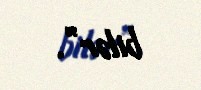
bilər”.